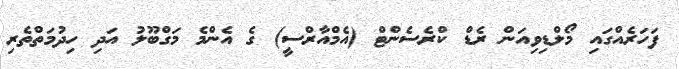
ފަހަރެއްގައި މޯލްޑިވިއަން ރެޑް ކްރެސެންޓް (އެމްއާރްސީ) ގެ އެންމެ މަގްބޫލު އަދި ހިދުމަތްތެރި